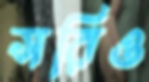
সরিও